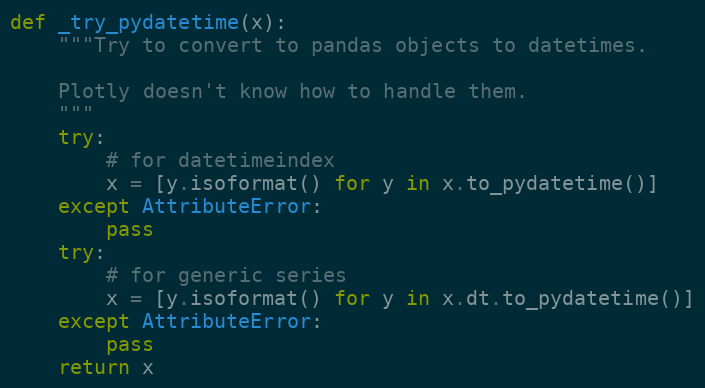
Language: Python
def _try_pydatetime(x):
    """Try to convert to pandas objects to datetimes.

    Plotly doesn't know how to handle them.
    """
    try:
        # for datetimeindex
        x = [y.isoformat() for y in x.to_pydatetime()]
    except AttributeError:
        pass
    try:
        # for generic series
        x = [y.isoformat() for y in x.dt.to_pydatetime()]
    except AttributeError:
        pass
    return x